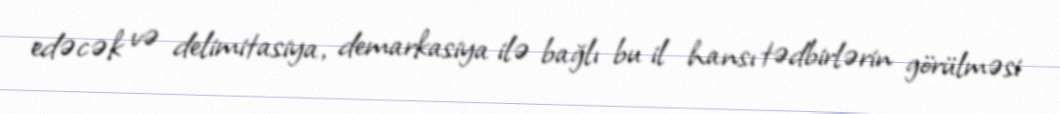
edəcək və delimitasiya, demarkasiya ilə bağlı bu il hansı tədbirlərin görülməsi